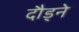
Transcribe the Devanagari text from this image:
दौड्ने